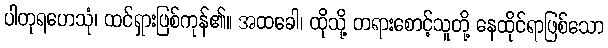
ပါတုရဟေသုံ၊ ထင်ရှားဖြစ်ကုန်၏။ အထခေါ၊ ထိုသို့ တရားစောင့်သူတို့ နေထိုင်ရာဖြစ်သော